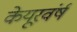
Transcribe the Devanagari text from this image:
केयूरवंर्ष